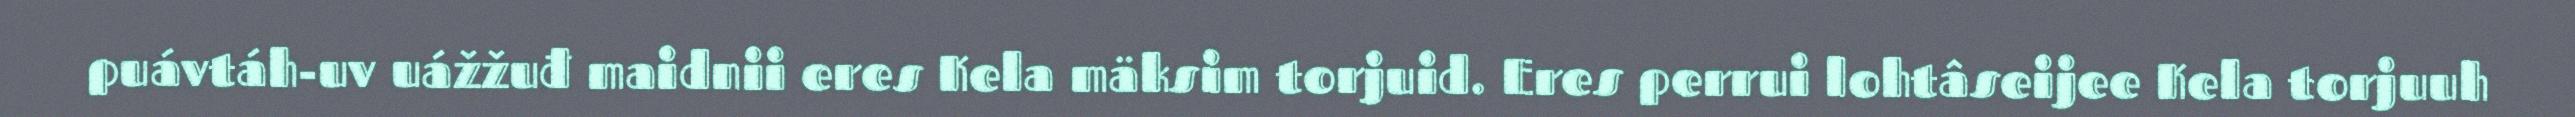
puávtáh-uv uážžuđ maidnii eres Kela mäksim torjuid. Eres perrui lohtâseijee Kela torjuuh